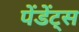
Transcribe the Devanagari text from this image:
पेंडेंट्स